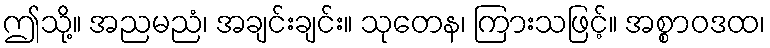
ဤသို့။ အညမညံ၊ အချင်းချင်း။ သုတေန၊ ကြားသဖြင့်။ အစ္စာဝဒထ၊